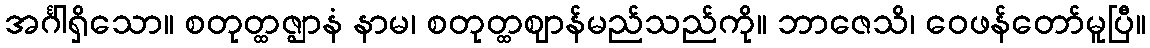
အင်္ဂါရှိသော။ စတုတ္ထဇ္ဈာနံ နာမ၊ စတုတ္ထဈာန်မည်သည်ကို။ ဘာဇေသိ၊ ဝေဖန်တော်မူပြီ။